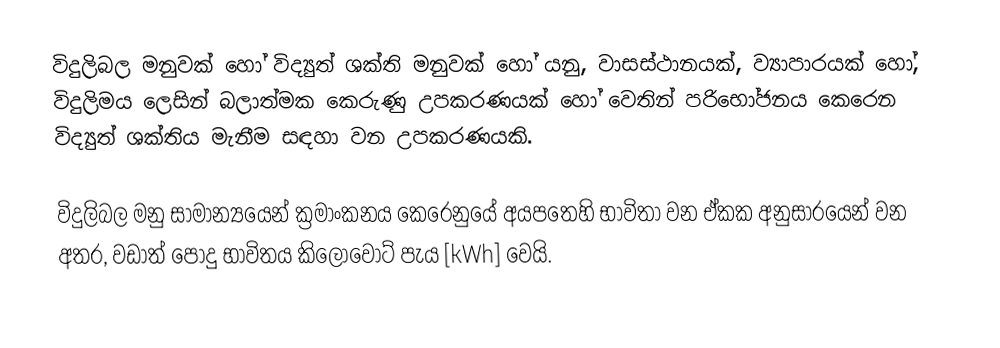
විදුලිබල මනුවක් හෝ  විද්‍යුත් ශක්ති මනුවක් හෝ යනු, වාසස්ථානයක්, ව්‍යාපාරයක් හෝ, විදුලිමය ලෙසින් බලාත්මක කෙරුණු උපකරණයක් හෝ වෙතින් පරිභෝජනය කෙරෙන  විද්‍යුත් ශක්තිය මැනීම සඳහා වන උපකරණයකි.

විදුලිබල මනු සාමාන්‍යයෙන් ක්‍රමාංකනය කෙරෙනුයේ අයපතෙහි භාවිතා වන ඒකක අනුසාරයෙන් වන අතර, වඩාත් පොදු භාවිතය කිලෝවොට් පැය [kWh] වෙයි.